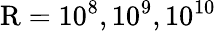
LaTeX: \mathrm{R}=10^{8},10^{9},10^{10}